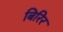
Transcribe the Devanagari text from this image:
बिरिर